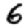
Digit: 6